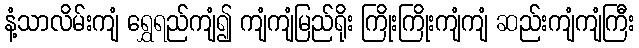
နံ့သာလိမ်းကျံ ရွှေရည်ကျံ၍ ကျံကျံမြည်ရိုး ကြိုးကြိုးကျံကျံ ဆည်းကျံကျံကြီး